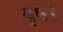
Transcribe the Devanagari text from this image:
वृष।